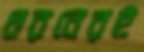
ধরনেরই